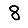
Digit: 8